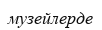
музейлерде